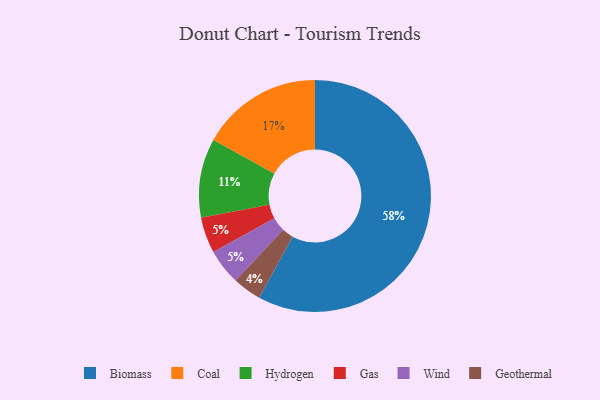
{"axis": {"x": "Category", "y": "Percentage"}, "legend": ["Biomass", "Coal", "Gas", "Geothermal", "Hydrogen", "Wind"], "data": [{"x": "Gas", "y": 5, "type": "Gas"}, {"x": "Wind", "y": 5, "type": "Wind"}, {"x": "Coal", "y": 17, "type": "Coal"}, {"x": "Hydrogen", "y": 11, "type": "Hydrogen"}, {"x": "Geothermal", "y": 4, "type": "Geothermal"}, {"x": "Biomass", "y": 58, "type": "Biomass"}]}